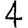
Digit: 4